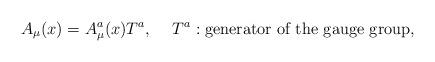
LaTeX: \begin{align*}A_\mu(x)=A^a_\mu(x)T^a,\hspace{5mm}T^a:\mbox{\rm generator of the gauge group},\end{align*}